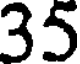
35